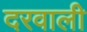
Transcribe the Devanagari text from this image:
दरवाली